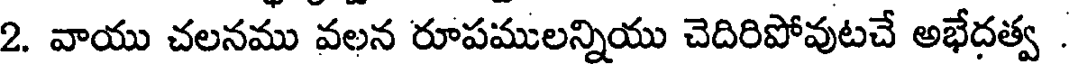
2. వాయు చలనము వలన రూపములన్నియు చెదిరిపోవుటచే అభేదత్వ .